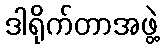
ဒါရိုက်တာအဖွဲ့